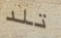
تلد